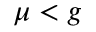
\mu < g